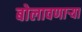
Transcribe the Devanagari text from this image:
बोलावणार्‍या